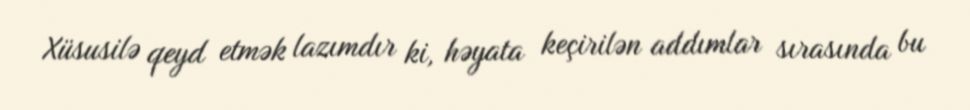
Xüsusilə qeyd etmək lazımdır ki, həyata keçirilən addımlar sırasında bu